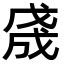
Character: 𢧓